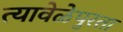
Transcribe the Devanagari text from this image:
त्यावेळेपुरता